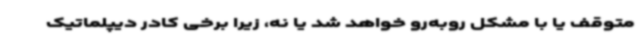
متوقف یا با مشکل روبه‌رو خواهد شد یا نه، زیرا برخی کادر دیپلماتیک